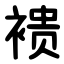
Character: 䙌